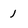
Character: 1